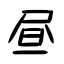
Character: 昼